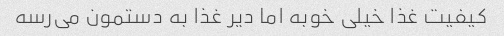
کیفیت غذا خیلی خوبه اما دیر غذا به دستمون می‌رسه